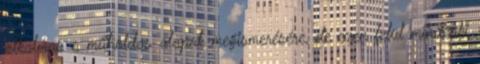
alkalmas a műholdas alapok megismerésére, de ezen felül mindenki